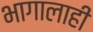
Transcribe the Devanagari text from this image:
भागालाही